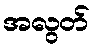
အလွတ်